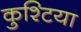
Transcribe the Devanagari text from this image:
कुश्टिया